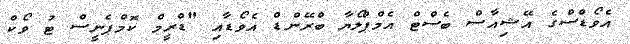
އެވޯޑްސްގެ އޭޝިއާސް ބެސްޓް އެމްޕްލޯޔާ ބްރޭންޑް އެވޯޑާއި "ޑްރީމް ކޮމްޕެނީސް ޓު ވޯކް